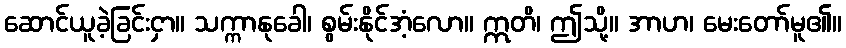
ဆောင်ယူခဲ့ခြင်းငှာ။ သက္ကာနုခေါ၊ စွမ်းနိုင်အံ့လော။ ဣတိ၊ ဤသို့။ အာဟ၊ မေးတော်မူ၏။